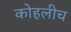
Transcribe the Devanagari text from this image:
कोहलीच